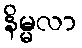
နိမ္မလာ